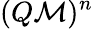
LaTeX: (Q\mathcal M)^{n}